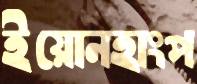
ইয়োনহাংপ